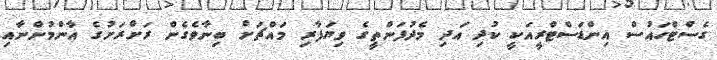
ގެސްޓްހައުސް އިންޑަސްޓްރީއަކީ ކުދި އަދި މެދުފަންތީގެ ވިޔަފާރި މައްޗަށް ބިނާވެގެން ރަށްރަށުގެ އާންމުންނާއި